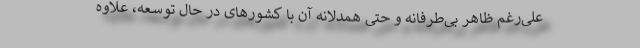
علی‌رغم ظاهر بی‌طرفانه و حتی همدلانه آن با کشورهای در حال توسعه، علاوه